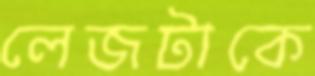
লেজটাকে